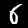
Digit: 6